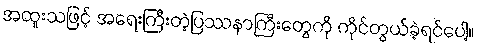
အထူးသဖြင့် အရေးကြီးတဲ့ပြဿနာကြီးတွေကို ကိုင်တွယ်ခဲ့ရင်ပေါ့။